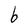
Character: b